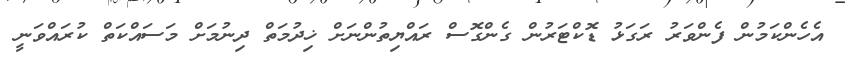
އެހެންކަމުން ފެންވަރު ރަގަޅު ޑޮކްޓަރުން ގެންގޮސް ރައްޔިތުންނަށް ޚިދުމަތް ދިނުމަށް މަސައްކަތް ކުރައްވަނީ